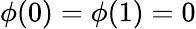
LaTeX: \phi(0)=\phi(1)=0